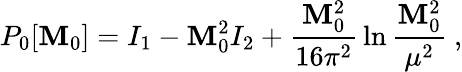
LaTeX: P_{0}[\mathbf{M}_{0}]=I_{1}-\mathbf{M}_{0}^{2}I_{2}+{\frac{{\mathbf{M}_{0}^{2}}}{{16\pi^{2}}}}\ln{\frac{{\mathbf{M}_{0}^{2}}}{{\mu^{2}}}}~,